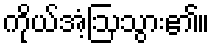
ကိုယ်အံ့ဩသွား၏။